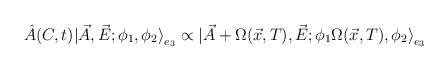
LaTeX: \begin{align*}\hat{A} (C,t)|\vec{A},\vec{E};\phi_1,\phi_2 {\rangle}_{e_3} \propto|\vec{A}+ \Omega(\vec{x},T),\vec{E}; \phi_1\Omega(\vec{x},T),\phi_2{\rangle}_{e_3}\end{align*}